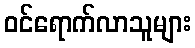
ဝင်ရောက်လာသူများ